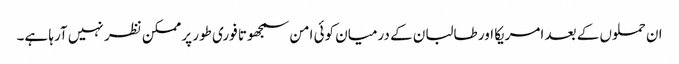
ان حملوں کے بعد امریکا اور طالبان کے درمیان کوئی امن سمجھوتا فوری طور پر ممکن نظر نہیں آرہا ہے۔